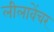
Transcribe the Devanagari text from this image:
लीलावेंचर